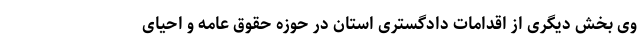
وی بخش دیگری از اقدامات دادگستری استان در حوزه حقوق عامه و احیای